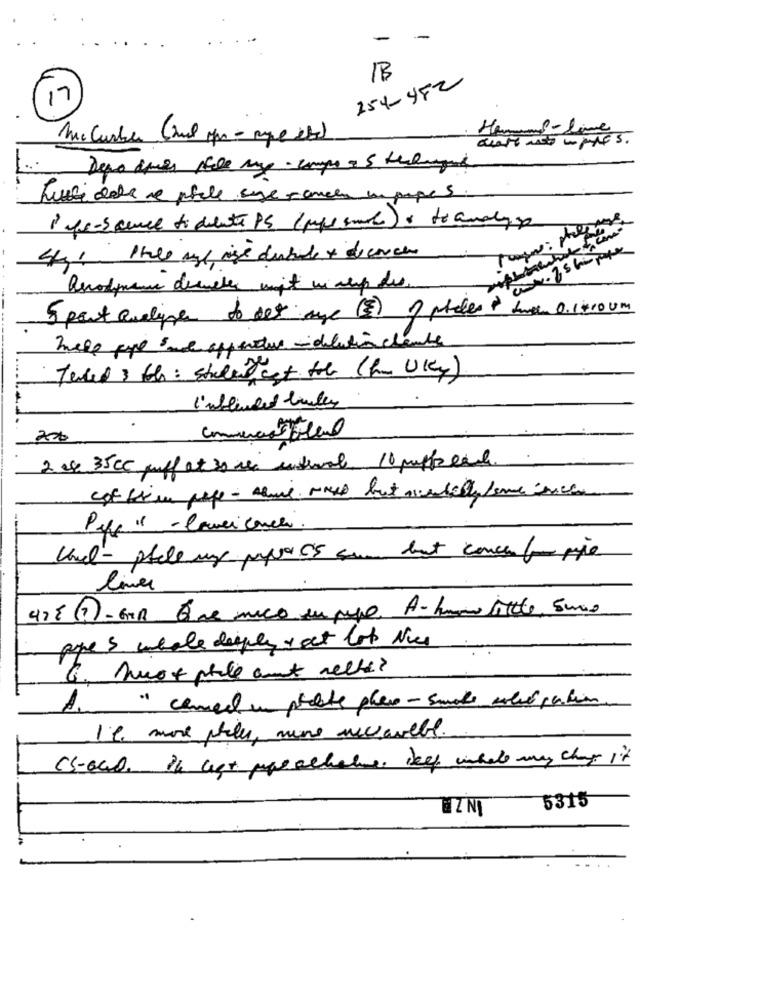
-
254-482
1B
17
Hammad-live
Lucci dele ce phale syge cancha epepe5.
441 The age ise dubile + dicarcere
5 port Queline to det mye (3) of picker twee 0.1410 UM
mele paye se apperdue - dilution chambre
I'mblended bully
Commercial oldal
2 cx 35CC puff at 30 sec interval. 10 puffreale.
Pepp " - Comei canchi.
Und - phcle my paper ES som but concentom pie
lives
pipes whole deeply y act lot Nice
6. huot phile ant nelle?
A. " cement in proble pharo -smoke weed parkin
Il. more philes, nine newsavell.
(SOLO. In legt parallele, Deep what may change it
5315